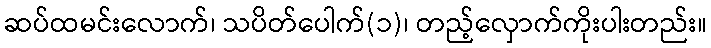
ဆပ်ထမင်းလောက်၊ သပိတ်ပေါက်(၁)၊ တည့်လှောက်ကိုးပါးတည်း။